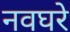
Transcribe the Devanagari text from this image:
नवघरे